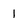
Character: 1